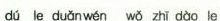
dú le duǎnwén wǒ zhī dào le